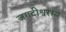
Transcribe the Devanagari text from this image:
जगदीश्वरस्य